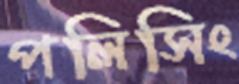
পলিসিং